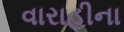
વારાહીના